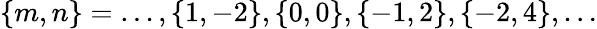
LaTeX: \{ m,n\} =\ldots,\{ 1,-2\} ,\{ 0,0\} ,\{ -1,2\} ,\{ -2,4\} ,\ldots